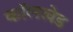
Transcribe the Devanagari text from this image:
कॉलखेड